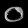
Digit: ၀